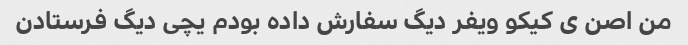
من اصن ی کیکو ویفر دیگ سفارش داده بودم یچی دیگ فرستادن